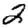
Digit: 2